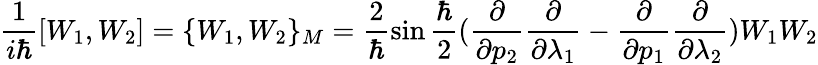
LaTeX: \frac{1}{i\hbar}[W_{1},W_{2}]=\{ W_{1},W_{2}\} _{M}=\frac{2}{\hbar}\sin\frac{\hbar}{2}(\frac{\partial}{\partial p_{2}}\frac{\partial}{\partial\lambda_{1}}-\frac{\partial}{\partial p_{1}}\frac{\partial}{\partial\lambda_{2}})W_{1}W_{2}